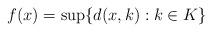
LaTeX: \begin{align*}f(x) = \sup\{ d(x,k) : k \in K\}\end{align*}